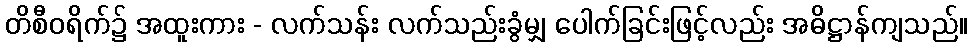
တိစီဝရိက်၌ အထူးကား - လက်သန်း လက်သည်းခွံမျှ ပေါက်ခြင်းဖြင့်လည်း အဓိဋ္ဌာန်ကျသည်။